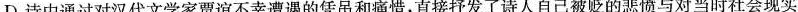
D.诗中通过对汉代文学家贾谊不幸遭遇的凭吊和痛惜，直接抒发了诗人自己被贬的悲愤与对当时社会现实